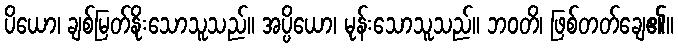
ပိယော၊ ချစ်မြတ်နိုးသောသူသည်။ အပ္ပိယော၊ မုန်းသောသူသည်။ ဘဝတိ၊ ဖြစ်တတ်ချေ၏။